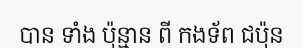
បាន ទាំង ប៉ុន្មាន ពី កងទ័ព ជប៉ុន